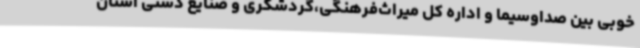
خوبی بین صداوسیما و اداره کل میراث‌فرهنگی،گردشگری و صنایع دستی استان